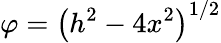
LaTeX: \varphi=\left(h^{2}-4x^{2}\right)^{1/2}